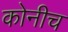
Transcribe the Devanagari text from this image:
कोनीच